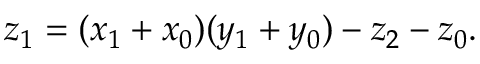
z _ { 1 } = ( x _ { 1 } + x _ { 0 } ) ( y _ { 1 } + y _ { 0 } ) - z _ { 2 } - z _ { 0 } .